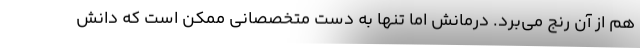
هم از آن رنج می‌برد. درمانش اما تنها به دست متخصصانی ممکن است که دانش